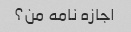
اجازه نامه من؟